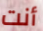
أنت